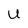
Character: U